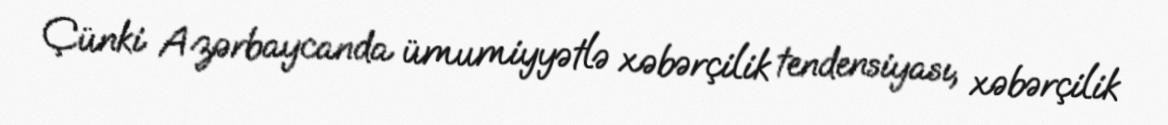
Çünki Azərbaycanda ümumiyyətlə xəbərçilik tendensiyası, xəbərçilik